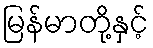
မြန်မာတို့နှင့်